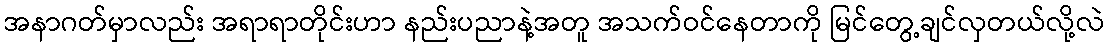
အနာဂတ်မှာလည်း အရာရာတိုင်းဟာ နည်းပညာနဲ့အတူ အသက်ဝင်နေတာကို မြင်တွေ့ချင်လှတယ်လို့လဲ